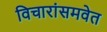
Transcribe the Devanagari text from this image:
विचारांसमवेत